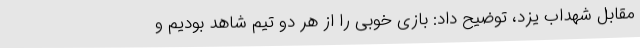
مقابل شهداب یزد، توضیح داد: بازی خوبی را از هر دو تیم شاهد بودیم و